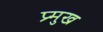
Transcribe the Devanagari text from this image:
प्र्मुख